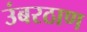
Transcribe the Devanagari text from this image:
उंबरठाण